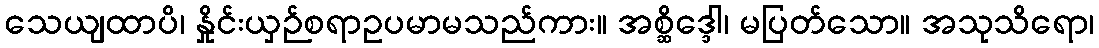
သေယျထာပိ၊ နှိုင်းယှဉ်စရာဥပမာမသည်ကား။ အစ္ဆိဒ္ဒေါ၊ မပြတ်သော။ အသုသိရော၊